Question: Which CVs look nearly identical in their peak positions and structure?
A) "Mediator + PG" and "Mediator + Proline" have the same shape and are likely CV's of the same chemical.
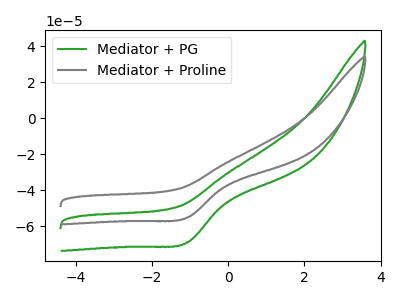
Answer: <think>The green curve "Mediator + PG" has a cathodic peak at: (-1.05V, -68.75uA). The gray curve "Mediator + Proline" has a cathodic peak at: (-1.05V, -55.00uA).
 All the peaks in "Mediator + PG" have a peak in "Mediator + Proline" at the same potential. Every peak in "Mediator + PG" is higher than every peak in "Mediator + Proline".</think>
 <answer>A) "Mediator + PG" and "Mediator + Proline" have the same shape and are likely CV's of the same chemical.</answer>
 <eval>A</eval>